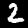
Label: 2